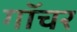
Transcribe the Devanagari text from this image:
गॉचर